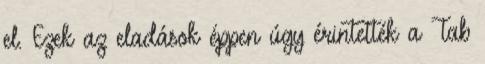
el. Ezek az eladások éppen úgy érintették a Tab